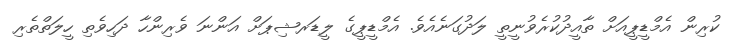
ކުރިން އެމްޑީޕީއަށް ތާއީދުކުރެވުނީތީ ލަދުގަނެއެވެ. އެމްޑީޕީގެ ލީޑަރޝިޕަށް އަންނަ ވެރިންހާ ދަހިވެތި ހީލަތްތެރި